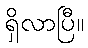
ရှိလာပြီ။